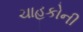
ચાહકોની